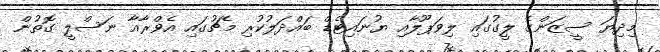
މިދިޔަ ސީޒަންގެ ލީގުގައި ލިވަޕޫލާއި ޔުނައިޓެޑް ބައްދަލުކުރި މެޗުގައި އެވްރާއާ ނަސްލީ ގޮތުން